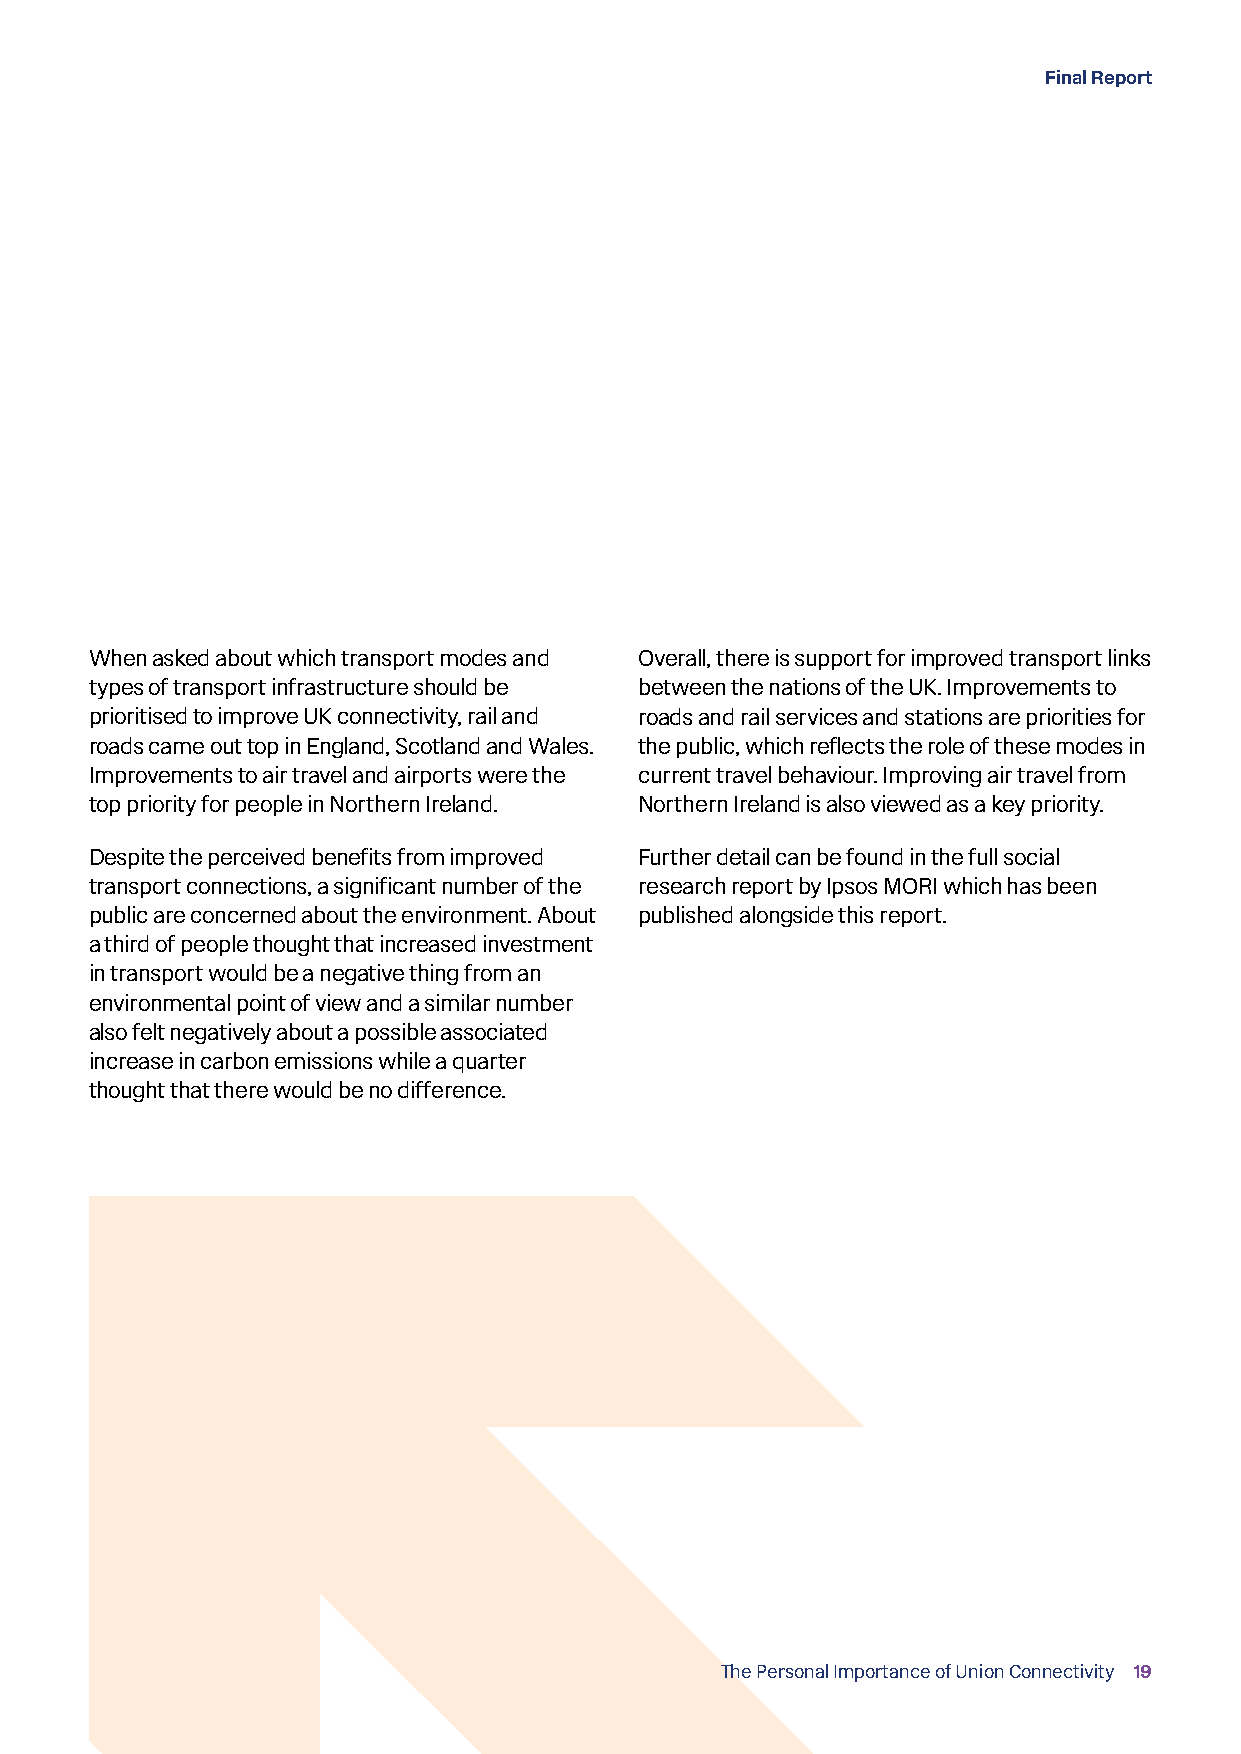
Final Report
 When asked about which transport modes and Overall, there is support for improved transport links
 types of transport infrastructure should be between the nations of the UK. Improvements to
 prioritised to improve UK connectivity, rail and roads and rail services and stations are priorities for
 roads came out top in England, Scotland and Wales. the public, which reflects the role of these modes in
 Improvements to air travel and airports were the current travel behaviour. Improving air travel from
 top priority for people in Northern Ireland. Northern Ireland is also viewed as a key priority.
 Despite the perceived benefits from improved Further detail can be found in the full social
 transport connections, a significant number of the research report by Ipsos MORI which has been
 public are concerned about the environment. About published alongside this report.
 a third of people thought that increased investment
 in transport would be a negative thing from an
 environmental point of view and a similar number
 also felt negatively about a possible associated
 increase in carbon emissions while a quarter
 thought that there would be no difference.
 The Personal Importance of Union Connectivity 19